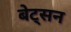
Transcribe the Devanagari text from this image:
बेट्सन